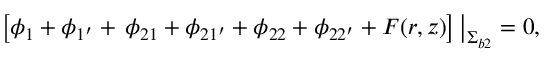
\left[ \phi _ { 1 } + \phi _ { 1 ^ { \prime } } + \, \phi _ { 2 1 } + \phi _ { 2 1 ^ { \prime } } + \phi _ { 2 2 } + \phi _ { 2 2 ^ { \prime } } + F ( r , z ) \right] \big | _ { { \upSigma } _ { b 2 } } = 0 ,